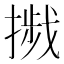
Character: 𢳴